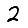
Digit: 2